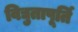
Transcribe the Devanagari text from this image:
विद्युतापूर्ति